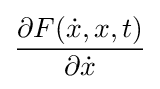
{\frac {\partial F({\dot {x}},x,t)}{\partial {\dot {x}}}}